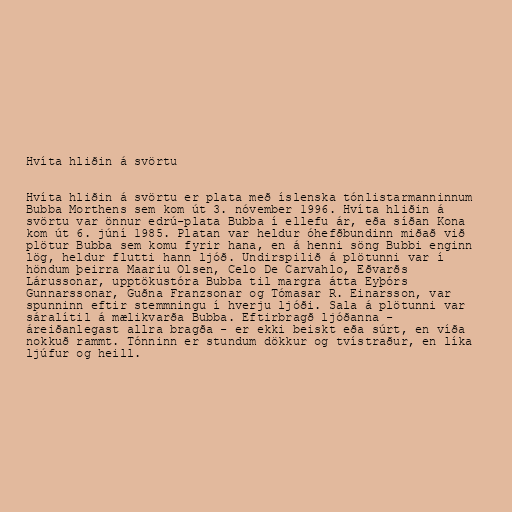
Hvíta hliðin á svörtu

Hvíta hliðin á svörtu er plata með íslenska tónlistarmanninnum
Bubba Morthens sem kom út 3. nóvember 1996. Hvíta hliðin á
svörtu var önnur edrú-plata Bubba í ellefu ár, eða síðan Kona
kom út 6. júní 1985. Platan var heldur óhefðbundinn miðað við
plötur Bubba sem komu fyrir hana, en á henni söng Bubbi enginn
lög, heldur flutti hann ljóð. Undirspilið á plötunni var í
höndum þeirra Maariu Olsen, Celo De Carvahlo, Eðvarðs
Lárussonar, upptökustóra Bubba til margra átta Eyþórs
Gunnarssonar, Guðna Franzsonar og Tómasar R. Einarsson, var
spunninn eftir stemmningu í hverju ljóði. Sala á plötunni var
sáralítil á mælikvarða Bubba. Eftirbragð ljóðanna -
áreiðanlegast allra bragða - er ekki beiskt eða súrt, en víða
nokkuð rammt. Tónninn er stundum dökkur og tvístraður, en líka
ljúfur og heill.